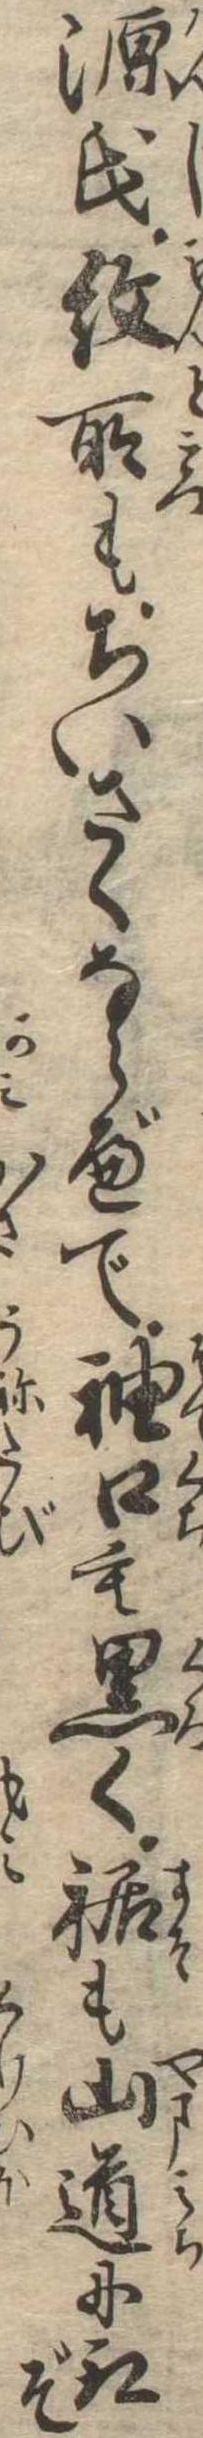
源氏紋所もちいさくならべて袖口も黒く裾も山道に取ぞ